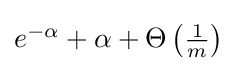
{\textstyle e^{-\alpha }+\alpha +\Theta \left({\frac {1}{m}}\right)}